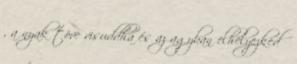
, a nyak töve visuddha és az agyban elhelyezkedő